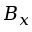
B _ { x }